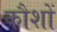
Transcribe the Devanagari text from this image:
कौशों